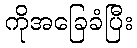
ကိုအခြေခံပြီး